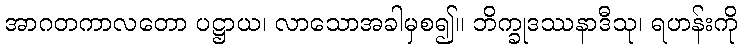
အာဂတကာလတော ပဋ္ဌာယ၊ လာသောအခါမှစ၍။ ဘိက္ခုဒဿနာဒီသု၊ ရဟန်းကို